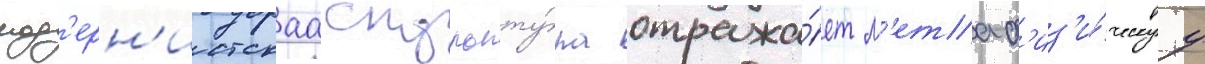
мод'ерн'истскаа скульпту́ра отража́ет м'етаф'из'и́ческуу